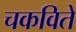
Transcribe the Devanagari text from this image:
चकविते